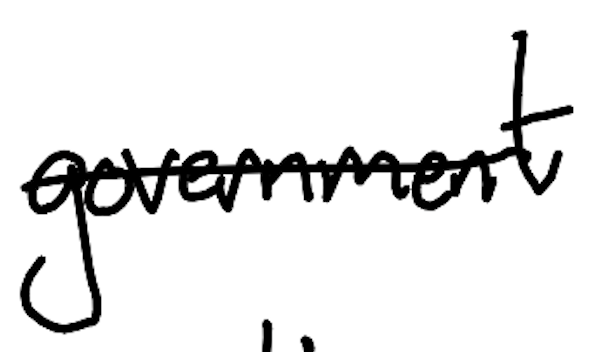
Text: government
Cross-out: single-line
Writing tool: digital_black